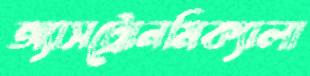
অ্যাসট্রোনমিক্যালা